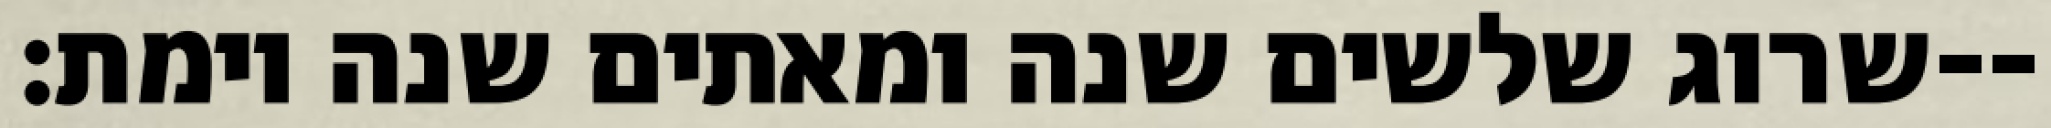
שרוג שלשים שנה ומאתים שנה וימת׃--